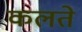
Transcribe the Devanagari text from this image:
कलते